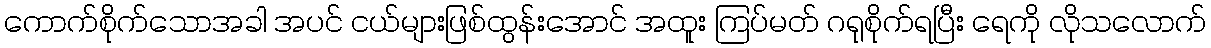
ကောက်စိုက်သောအခါ အပင် ငယ်များဖြစ်ထွန်းအောင် အထူး ကြပ်မတ် ဂရုစိုက်ရပြီး ရေကို လိုသလောက်